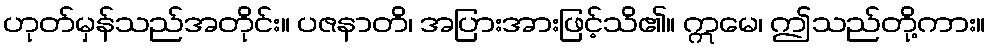
ဟုတ်မှန်သည်အတိုင်း။ ပဇနာတိ၊ အပြားအားဖြင့်သိ၏။ ဣမေ၊ ဤသည်တို့ကား။